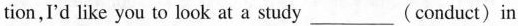
tion,I'd like you to look at a study ___ (conduct) in